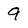
Character: 9